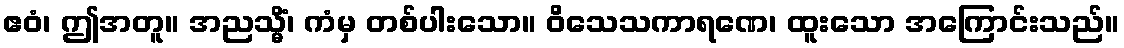
ဧဝံ၊ ဤအတူ။ အညသ္မိံ၊ ကံမှ တစ်ပါးသော။ ဝိသေသကာရဏေ၊ ထူးသော အကြောင်းသည်။